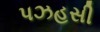
પઝહસી